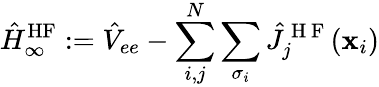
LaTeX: \hat{H}_{\infty}^{\mathrm{HF}}:=\hat{V}_{ee}-\sum_{i,j}^{N}\sum_{\sigma_{i}}\hat{J}_{j}^{\mathrm{~H~F~}}(\mathbf{x}_{i})